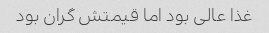
غذا عالی بود اما قیمتش گران بود